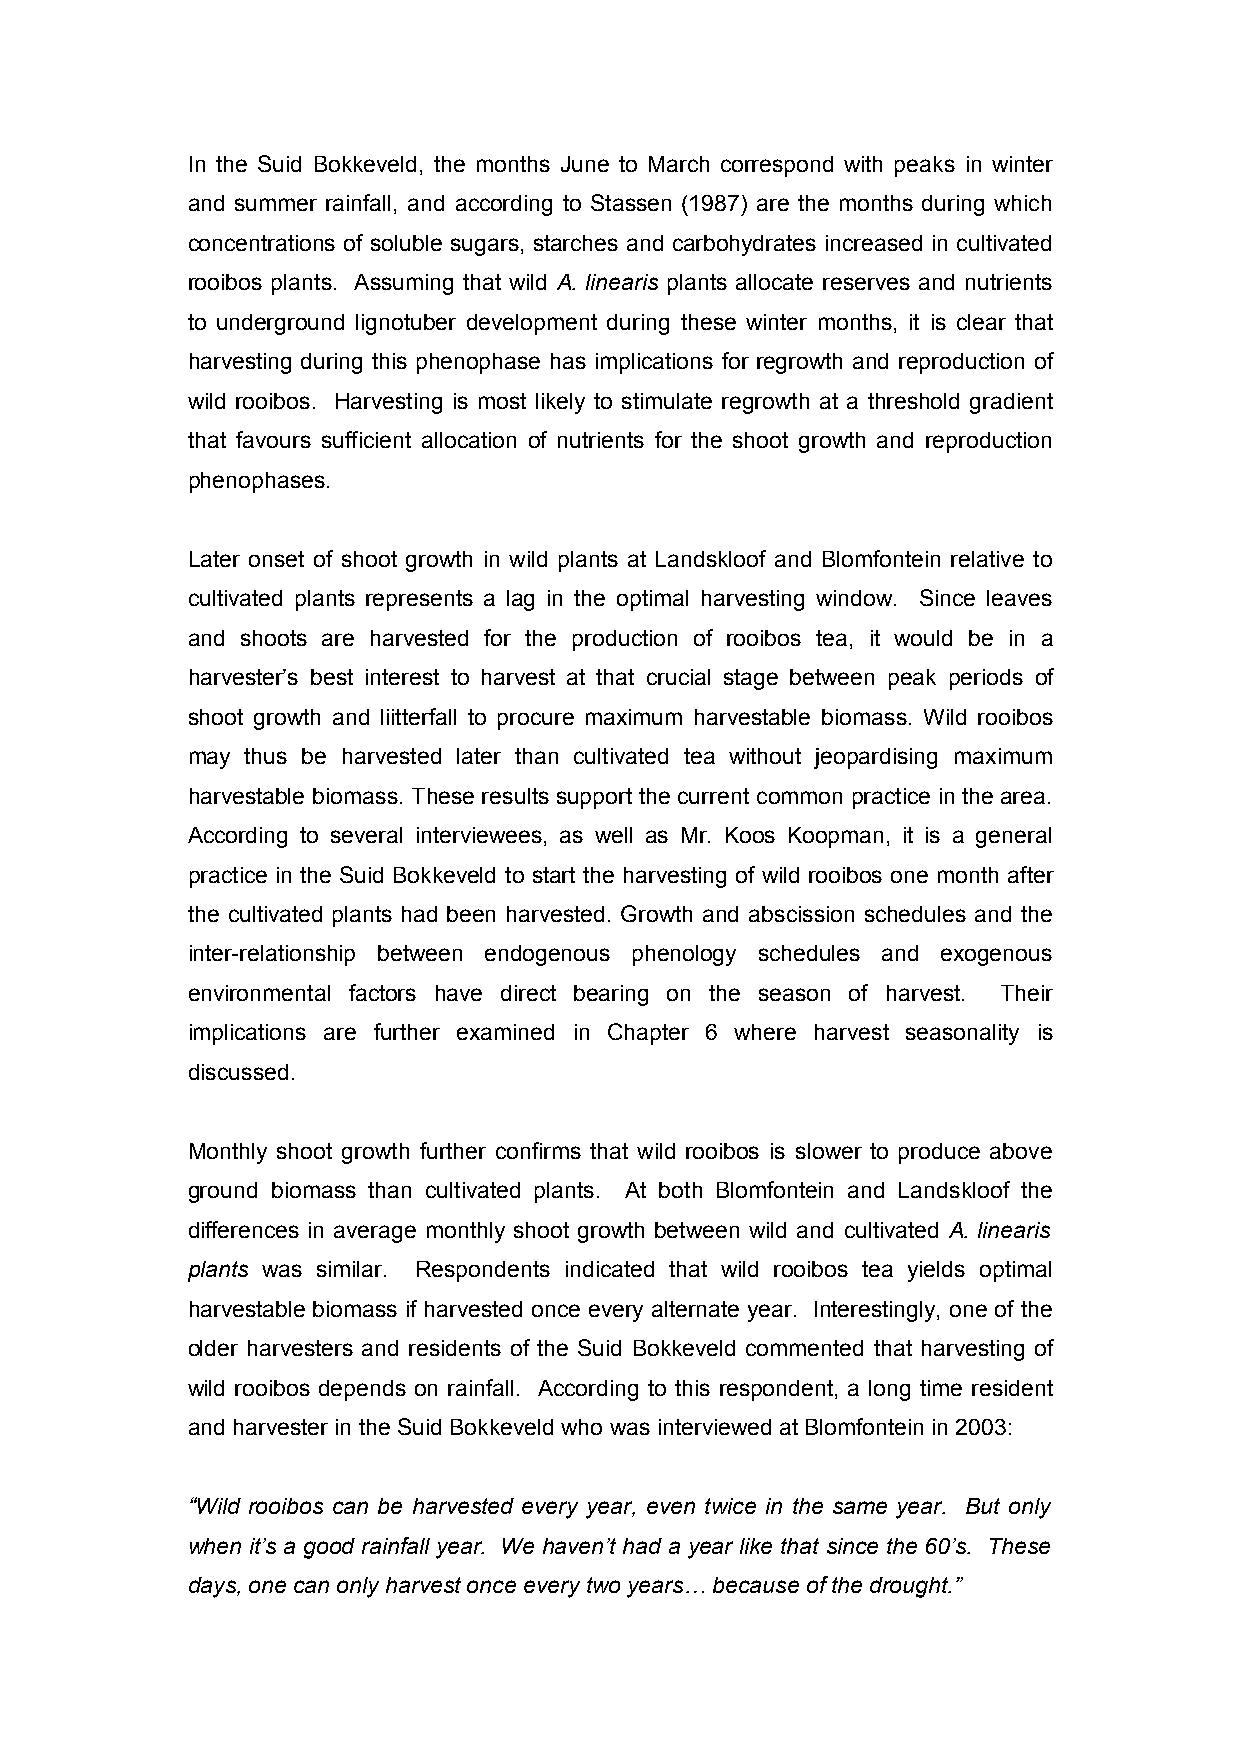
In the Suid Bokkeveld, the months June to March correspond with peaks in winter
 and summer rainfall, and according to Stassen (1987) are the months during which
 concentrations of soluble sugars, starches and carbohydrates increased in cultivated
 rooibos plants. Assuming that wild A. linearis plants allocate reserves and nutrients
 to underground lignotuber development during these winter months, it is clear that
 harvesting during this phenophase has implications for regrowth and reproduction of
 wild rooibos. Harvesting is most likely to stimulate regrowth at a threshold gradient
 that favours sufficient allocation of nutrients for the shoot growth and reproduction
 phenophases.
 Later onset of shoot growth in wild plants at Landskloof and Blomfontein relative to
 cultivated plants represents a lag in the optimal harvesting window. Since leaves
 and shoots are harvested for the production of rooibos tea, it would be in a
 harvester’s best interest to harvest at that crucial stage between peak periods of
 shoot growth and liitterfall to procure maximum harvestable biomass. Wild rooibos
 may thus be harvested later than cultivated tea without jeopardising maximum
 harvestable biomass. These results support the current common practice in the area.
 According to several interviewees, as well as Mr. Koos Koopman, it is a general
 practice in the Suid Bokkeveld to start the harvesting of wild rooibos one month after
 the cultivated plants had been harvested. Growth and abscission schedules and the
 inter-relationship between endogenous phenology schedules and exogenous
 environmental factors have direct bearing on the season of harvest. Their
 implications are further examined in Chapter 6 where harvest seasonality is
 discussed.
 Monthly shoot growth further confirms that wild rooibos is slower to produce above
 ground biomass than cultivated plants. At both Blomfontein and Landskloof the
 differences in average monthly shoot growth between wild and cultivated A. linearis
 plants was similar. Respondents indicated that wild rooibos tea yields optimal
 harvestable biomass if harvested once every alternate year. Interestingly, one of the
 older harvesters and residents of the Suid Bokkeveld commented that harvesting of
 wild rooibos depends on rainfall. According to this respondent, a long time resident
 and harvester in the Suid Bokkeveld who was interviewed at Blomfontein in 2003:
 “Wild rooibos can be harvested every year, even twice in the same year. But only
 when it’s a good rainfall year. We haven’t had a year like that since the 60’s. These
 days, one can only harvest once every two years… because of the drought.”
 58